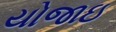
યોજાઇ